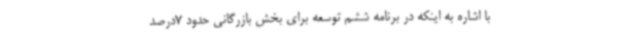
با اشاره به اینکه در برنامه ششم توسعه برای بخش بازرگانی حدود 7درصد